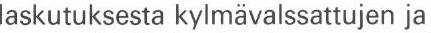
laskutuksesta kylmävalssattujen ja